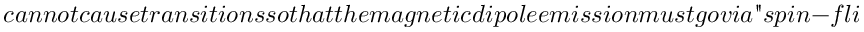
c a n n o t c a u s e t r a n s i t i o n s s o t h a t t h e m a g n e t i c d i p o l e e m i s s i o n m u s t g o v i a " s p i n - f l i p s " , i . e . ( i n c o n v e n t i o n a l l a n g u a g e ) v i a t h e c h a n g e o f t h e s p i n p r o j e c t i o n